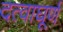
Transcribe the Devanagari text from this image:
दत्वाघूर्ण